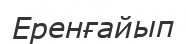
Еренғайып